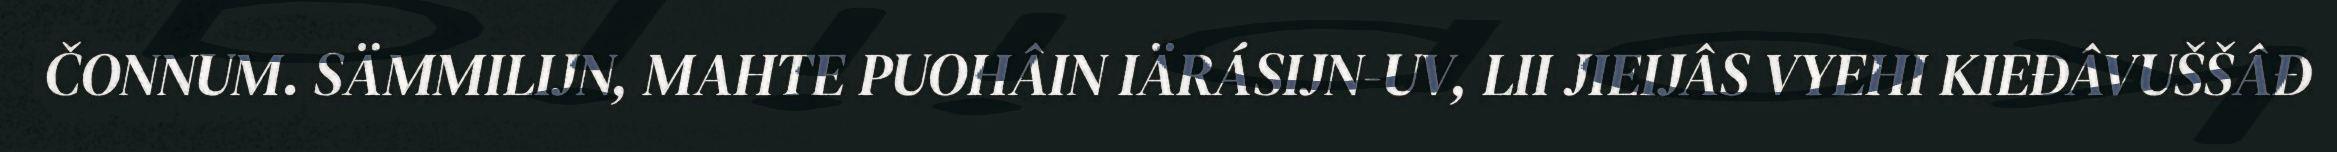
ČONNUM. SÄMMILIJN, MAHTE PUOHÂIN IÄRÁSIJN-UV, LII JIEIJÂS VYEHI KIEĐÂVUŠŠÂĐ